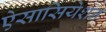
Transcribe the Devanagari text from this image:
ऐसासियेशन